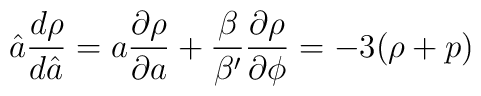
\hat{a} \frac{d \rho}{d \hat{a}} = a \frac{\partial \rho}{\partial a}+ \frac{\beta}{\beta'} \frac{\partial \rho} {\partial \phi} = -3 (\rho + p)